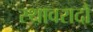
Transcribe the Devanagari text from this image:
स्थावरादौ